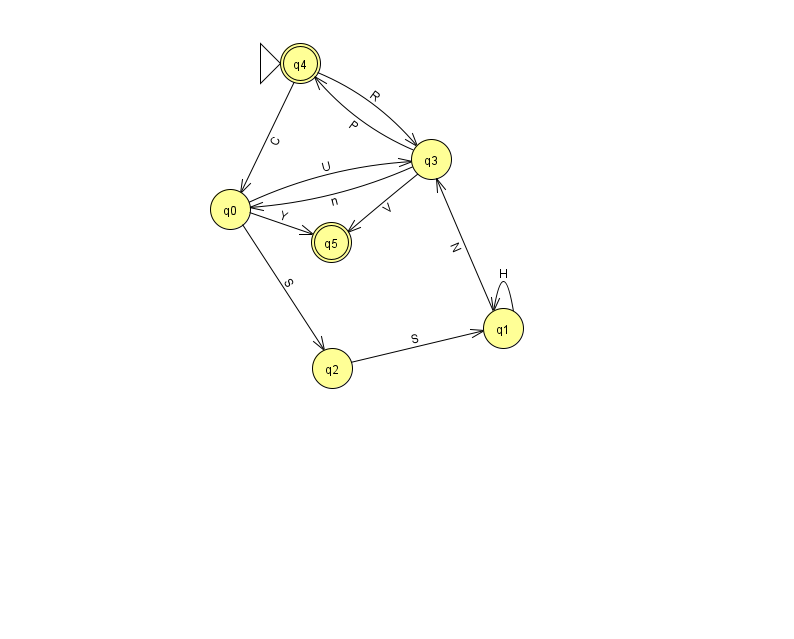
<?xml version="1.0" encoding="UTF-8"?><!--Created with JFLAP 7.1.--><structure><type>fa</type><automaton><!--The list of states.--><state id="0" name="q0"><x>230.0</x><y>196.0</y></state><state id="1" name="q1"><x>503.0</x><y>315.0</y></state><state id="2" name="q2"><x>332.0</x><y>355.0</y></state><state id="3" name="q3"><x>431.0</x><y>146.0</y></state><state id="4" name="q4"><x>300.0</x><y>50.0</y><initial/><final/></state><state id="5" name="q5"><x>331.0</x><y>229.0</y><final/></state><!--The list of transitions.--><transition><from>2</from><to>1</to><read>S</read></transition><transition><from>3</from><to>0</to><read>n</read></transition><transition><from>4</from><to>0</to><read>C</read></transition><transition><from>1</from><to>1</to><read>H</read></transition><transition><from>0</from><to>2</to><read>S</read></transition><transition><from>0</from><to>3</to><read>U</read></transition><transition><from>1</from><to>3</to><read>N</read></transition><transition><from>4</from><to>3</to><read>R</read></transition><transition><from>0</from><to>5</to><read>Y</read></transition><transition><from>3</from><to>4</to><read>P</read></transition><transition><from>3</from><to>5</to><read>V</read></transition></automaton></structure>